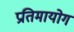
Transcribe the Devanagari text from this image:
प्रतिमायोग